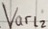
Text: Varl2